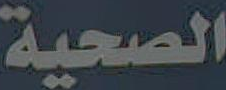
الصحية